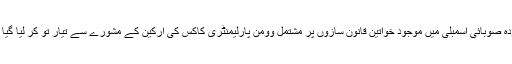
موجودہ حکومت کے چار برس بعد اس قانون کا مسودہ صوبائی اسمبلی میں موجود خواتین قانون سازوں پر مشتمل وومن پارلیمنٹری کاکس کی ارکین کے مشورے سے تیار تو کر لیا گیا ہےمگر تاحال اسے اسمبلی میں پیش نہیں کیا جاسکا۔